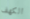
الكهف